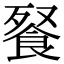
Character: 䬸